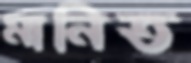
মানিত